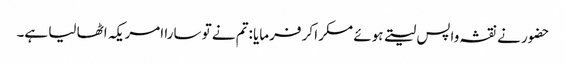
حضور نے نقشہ واپس لیتے ہوئے مسکرا کر فرمایا :تم نے تو سارا امریکہ اٹھا لیا ہے۔